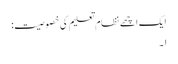
ایک اچھے نظام تعلیم کی خصوصیت:
۱۔